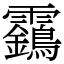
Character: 靎